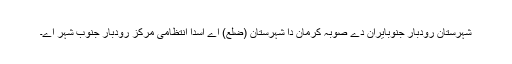
شہرستان رودبار جنوبایران دے صوبہ کرمان دا شہرستان (ضلع) اے اسدا انتظامی مرکز رودبار جنوب شہر اے۔